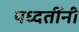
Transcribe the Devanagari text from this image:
पध्दतींनी